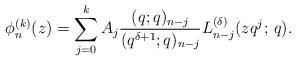
LaTeX: \begin{align*} \phi_n^{(k)}(z)=\sum_{j=0}^{k}A_j\frac{(q;q)_{n-j}}{(q^{\delta+1};q)_{n-j}}L_{n-j}^{(\delta)}(zq^j;\,q). \end{align*}